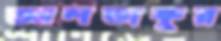
আলতাফুর